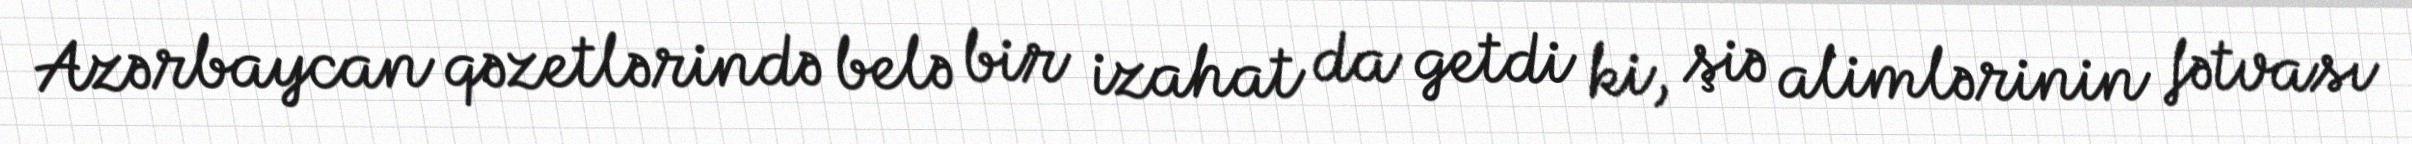
Azərbaycan qəzetlərində belə bir izahat da getdi ki, şiə alimlərinin fətvası